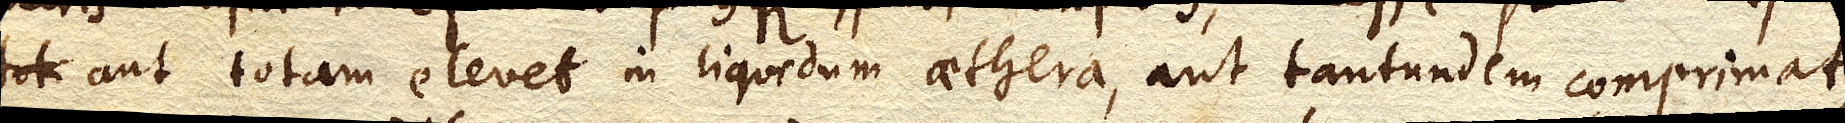
aut totam elevet in liquidum aethera, aut tantundem comprimat,